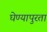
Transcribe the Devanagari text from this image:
घेण्यापुरता